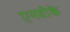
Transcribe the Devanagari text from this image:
एमवीके